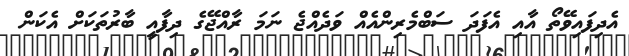
އެދިފައިވޭތޯ އާއި އެފަދަ ސަބްމެރިންއެއް ވަދެއްޖެ ނަމަ ރާއްޖޭގެ ދިފާއީ ބާރުތަކަށް އެކަން